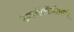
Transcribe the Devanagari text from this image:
टेक्‍नॉलॉजीमध्ये